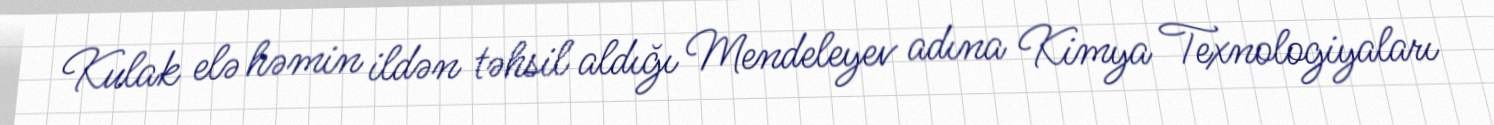
Kulak elə həmin ildən təhsil aldığı Mendeleyev adına Kimya Texnologiyaları